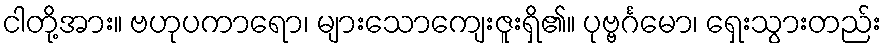
ငါတို့အား။ ဗဟုပကာရော၊ များသောကျေးဇူးရှိ၏။ ပုဗ္ဗင်္ဂမော၊ ရှေးသွားတည်း